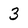
Character: 3